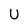
Character: U